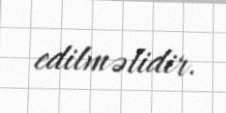
edilməlidir.